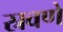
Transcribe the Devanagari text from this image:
स्रवणे